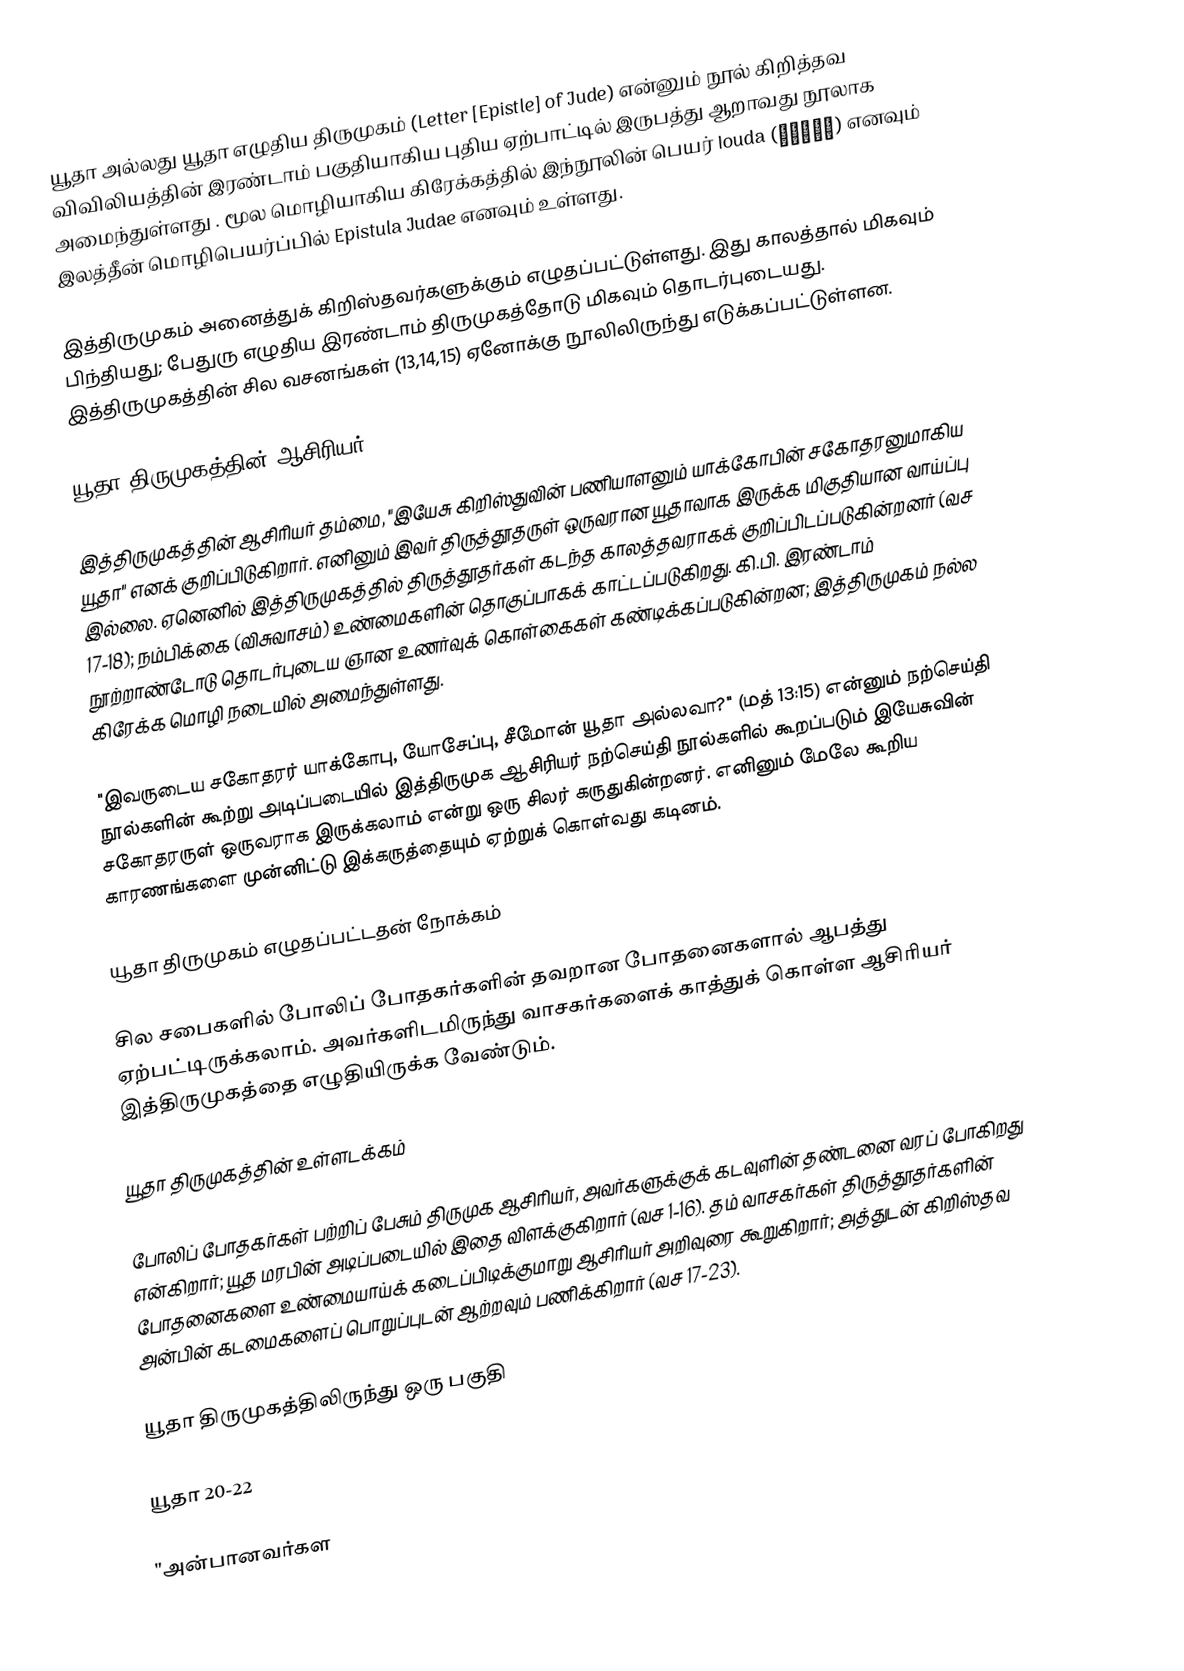
யூதா அல்லது யூதா எழுதிய திருமுகம்  (Letter [Epistle] of Jude) என்னும் நூல் கிறித்தவ விவிலியத்தின் இரண்டாம் பகுதியாகிய புதிய ஏற்பாட்டில் இருபத்து ஆறாவது நூலாக அமைந்துள்ளது . மூல மொழியாகிய கிரேக்கத்தில் இந்நூலின் பெயர்  Iouda (Ἰούδα) எனவும் இலத்தீன் மொழிபெயர்ப்பில்  Epistula Judae எனவும் உள்ளது.

இத்திருமுகம் அனைத்துக் கிறிஸ்தவர்களுக்கும் எழுதப்பட்டுள்ளது. இது காலத்தால் மிகவும் பிந்தியது; பேதுரு எழுதிய இரண்டாம் திருமுகத்தோடு மிகவும் தொடர்புடையது. இத்திருமுகத்தின் சில வசனங்கள் (13,14,15) ஏனோக்கு நூலிலிருந்து எடுக்கப்பட்டுள்ளன.

யூதா திருமுகத்தின் ஆசிரியர்

இத்திருமுகத்தின் ஆசிரியர் தம்மை, "இயேசு கிறிஸ்துவின் பணியாளனும் யாக்கோபின் சகோதரனுமாகிய யூதா" எனக் குறிப்பிடுகிறார். எனினும் இவர் திருத்தூதருள் ஒருவரான யூதாவாக இருக்க மிகுதியான வாய்ப்பு இல்லை. ஏனெனில் இத்திருமுகத்தில் திருத்தூதர்கள் கடந்த காலத்தவராகக் குறிப்பிடப்படுகின்றனர் (வச 17-18); நம்பிக்கை (விசுவாசம்) உண்மைகளின் தொகுப்பாகக் காட்டப்படுகிறது. கி.பி. இரண்டாம் நூற்றாண்டோடு தொடர்புடைய ஞான உணர்வுக் கொள்கைகள் கண்டிக்கப்படுகின்றன; இத்திருமுகம் நல்ல கிரேக்க மொழி நடையில் அமைந்துள்ளது.

"இவருடைய சகோதரர் யாக்கோபு, யோசேப்பு, சீமோன் யூதா அல்லவா?" (மத் 13:15) என்னும் நற்செய்தி நூல்களின் கூற்று அடிப்படையில் இத்திருமுக ஆசிரியர் நற்செய்தி நூல்களில் கூறப்படும் இயேசுவின் சகோதரருள் ஒருவராக இருக்கலாம் என்று ஒரு சிலர் கருதுகின்றனர். எனினும் மேலே கூறிய காரணங்களை முன்னிட்டு இக்கருத்தையும் ஏற்றுக் கொள்வது கடினம்.

யூதா திருமுகம் எழுதப்பட்டதன் நோக்கம்

சில சபைகளில் போலிப் போதகர்களின் தவறான போதனைகளால் ஆபத்து ஏற்பட்டிருக்கலாம். அவர்களிடமிருந்து வாசகர்களைக் காத்துக் கொள்ள ஆசிரியர் இத்திருமுகத்தை எழுதியிருக்க வேண்டும்.

யூதா திருமுகத்தின் உள்ளடக்கம்

போலிப் போதகர்கள் பற்றிப் பேசும் திருமுக ஆசிரியர், அவர்களுக்குக் கடவுளின் தண்டனை வரப் போகிறது என்கிறார்; யூத மரபின் அடிப்படையில் இதை விளக்குகிறார் (வச 1-16). தம் வாசகர்கள் திருத்தூதர்களின் போதனைகளை உண்மையாய்க் கடைப்பிடிக்குமாறு ஆசிரியர் அறிவுரை கூறுகிறார்; அத்துடன் கிறிஸ்தவ அன்பின் கடமைகளைப் பொறுப்புடன் ஆற்றவும் பணிக்கிறார் (வச 17-23).

யூதா திருமுகத்திலிருந்து ஒரு பகுதி

யூதா 20-22

"அன்பானவர்கள